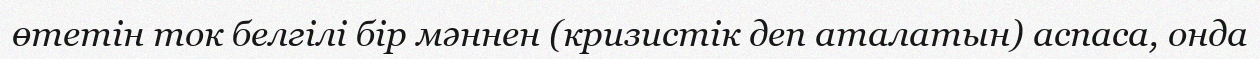
өтетін ток белгілі бір мәннен (кризистік деп аталатын) аспаса, онда